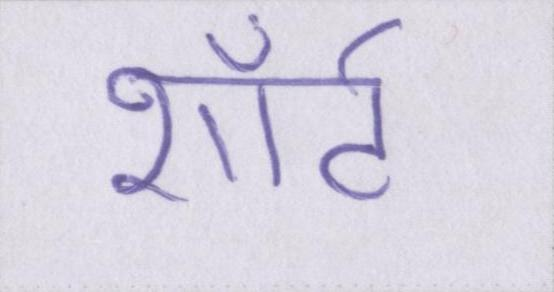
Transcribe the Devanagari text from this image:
शॉर्ट